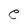
Character: e